Distribution and causation of leprosy in British India
Year: 1875
Disease focus: Leprosy
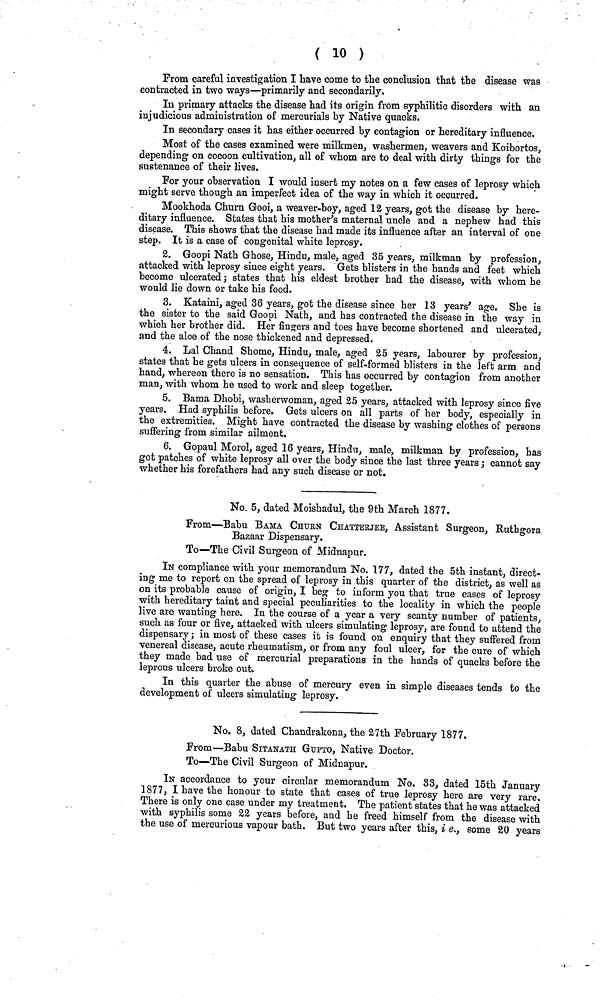
(10 )
From careful investigation I bave come to the conclusion that the disease was
contracted in two ways—primarily and secondarily.
In primary attacks the disease had its origin from syphilitic disorders with an
injudicious administration of mercurials by Native quacks.
In secondary cases it has either occurred by contagion or hereditary influence.
Most of the cases examined were milkmen, washermen, weavers and Koibortos,
depending on cocoon cultivation, all of whom are to deal with dirty things for the
sustenance of their lives.
For your observation I would insert my notes on a few cases of leprosy which
might serve though an imperfect idea of the way in which it occurred.
Mookhoda Churn Gooi, a weaver-boy, aged 12 years, got the disease by here-
ditary influence. States that his mother's maternal uncle and a nephew had this
disease. This shows that the disease had made its influence after an interval of one
step. It is a case of congenital white leprosy.
2. Goopi Nath Ghose, Hindu, male, aged 35 years, milkman by profession,
attacked with leprosy since eight years. Gets blisters in the hands and feet which
become ulcerated ; states that his eldest brother had the disease, with whom he
would lie down or take his food.
3. Kataini, aged 36 years, got the disease since her 13 years' age. She is
the sister to the said Goopi Nath, and has contracted the disease in the way in
which her brother did. Her fingers and toes have become shortened and ulcerated,
and the aloe of the nose thickened and depressed.
4. Lal Chand Shome, Hindu, male, aged 25 years, labourer by profession,
states that he gets ulcers in consequence of self-formed blisters in the left arm and
hand, whereon there is no sensation. This has occurred by contagion from another
man, with whom he used to work and sleep together.
5. Bama Dhobi, washerwoman, aged 25 years, attacked with leprosy since five
years. Had syphilis before. Gets ulcers on all parts of her body, especially in
the extremities. Might have contracted the disease by washing clothes of persons
suffering from similar ailment.
6. Gopaul Morol, aged 16 years, Hindu, male, milkman by profession, has
got patches of white leprosy all over the body since the last three years ; cannot say
whether his forefathers had any such disease or not.
No. 5, dated Moishadul, the 9th March 1877.
From—Babu BAMA CHUrN CHATTErJEE, Assistant Surgeon, Euthgora
Bazaar Dispensary.
To—The Civil Surgeon of Midnapur.
IN compliance with your memorandum No. 177, dated the 5th instant, direct-
ing me to report on the spread of leprosy in this quarter of the district, as well as
on its probable cause of origin, I beg to inform you that true cases of leprosy
with hereditary taint and special peculiarities to the locality in which the people
live are wanting here. In the course of a year a very scanty number of patients,
such as four or five, attacked with ulcers simulating leprosy, are found to attend the
dispensary; in most of these cases it is found on enquiry that they suffered from
venereal disease, acute rheumatism, or from any foul ulcer, for the cure of which
they made bad use of mercurial preparations in the hands of quacks before the
leprous ulcers broke out.
In this quarter the abuse of mercury even in simple diseases tends to the
development of ulcers simulating leprosy.
No. 8, dated Chandrakona, the 27th February 1877.
From—Babu SITANATH GUpTO, Native Doctor.
To—The Civil Surgeon of Midnapur.
IN accordance to your circular memorandum No. 33, dated 15th January
1877, I have the honour to state that cases of true leprosy here are very rare.
There is only one case under my treatment. The patient states that he was attacked
with syphilis some 22 years before, and he freed himself from the disease with
the use of mercurious vapour bath. But two years after this, i e., some 20 years